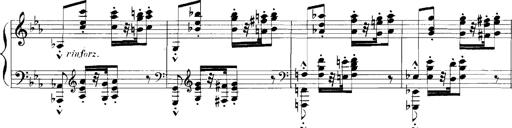
Title: Rhapsodies hongroises
Composer: Franz Liszt